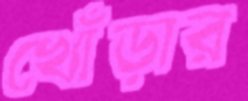
খোঁড়ার